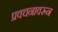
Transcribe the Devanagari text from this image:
प्रवचनावरून